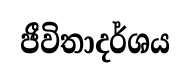
ජීවිතාදර්ශය